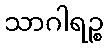
သာဂါရဉ္စ